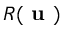
R ( \textbf { u } )